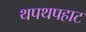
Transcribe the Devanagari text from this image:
थपथपहाट